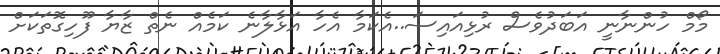
މޯމް ހުންނާނީ އަބަދުވެސް ރުޅިއައިސަ..އެކަމާ އެހާ އަޅާލާނެ ކަމެއް ނެތް ޒާޔާ ފޫހިގޮތަކަށް